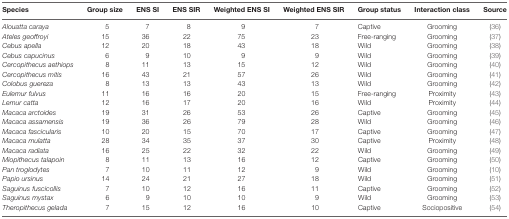
<table><thead><tr><td><b>Species</b></td><td><b>Group size</b></td><td><b>ENS SI</b></td><td><b>ENS SIR</b></td><td><b>Weighted ENS SI</b></td><td><b>Weighted ENS SIR</b></td><td><b>Group status</b></td><td><b>Interaction class</b></td><td><b>Source</b></td></tr></thead><tbody><tr><td><i>Alouatta caraya</i></td><td>5</td><td>7</td><td>8</td><td>9</td><td>7</td><td>Captive</td><td>Grooming</td><td>(36)</td></tr><tr><td><i>Ateles geoffroyi</i></td><td>15</td><td>36</td><td>22</td><td>75</td><td>23</td><td>Free-ranging</td><td>Grooming</td><td>(37)</td></tr><tr><td><i>Cebus apella</i></td><td>12</td><td>20</td><td>18</td><td>43</td><td>18</td><td>Wild</td><td>Grooming</td><td>(38)</td></tr><tr><td><i>Cebus capucinus</i></td><td>6</td><td>9</td><td>10</td><td>9</td><td>9</td><td>Wild</td><td>Grooming</td><td>(39)</td></tr><tr><td><i>Cercopithecus aethiops</i></td><td>8</td><td>11</td><td>13</td><td>15</td><td>12</td><td>Wild</td><td>Grooming</td><td>(40)</td></tr><tr><td><i>Cercopithecus mitis</i></td><td>16</td><td>43</td><td>21</td><td>57</td><td>26</td><td>Wild</td><td>Grooming</td><td>(41)</td></tr><tr><td><i>Colobus guereza</i></td><td>8</td><td>13</td><td>13</td><td>43</td><td>13</td><td>Wild</td><td>Grooming</td><td>(42)</td></tr><tr><td><i>Eulemur fulvus</i></td><td>11</td><td>16</td><td>16</td><td>20</td><td>15</td><td>Free-ranging</td><td>Proximity</td><td>(43)</td></tr><tr><td><i>Lemur catta</i></td><td>12</td><td>16</td><td>17</td><td>20</td><td>16</td><td>Wild</td><td>Proximity</td><td>(44)</td></tr><tr><td><i>Macaca arctoides</i></td><td>19</td><td>31</td><td>26</td><td>53</td><td>26</td><td>Captive</td><td>Grooming</td><td>(45)</td></tr><tr><td><i>Macaca assamensis</i></td><td>19</td><td>36</td><td>26</td><td>79</td><td>28</td><td>Wild</td><td>Grooming</td><td>(46)</td></tr><tr><td><i>Macaca fascicularis</i></td><td>10</td><td>20</td><td>15</td><td>70</td><td>17</td><td>Captive</td><td>Grooming</td><td>(47)</td></tr><tr><td><i>Macaca mulatta</i></td><td>28</td><td>34</td><td>35</td><td>37</td><td>30</td><td>Captive</td><td>Proximity</td><td>(48)</td></tr><tr><td><i>Macaca radiata</i></td><td>16</td><td>25</td><td>22</td><td>32</td><td>22</td><td>Wild</td><td>Grooming</td><td>(49)</td></tr><tr><td><i>Miopithecus talapoin</i></td><td>8</td><td>11</td><td>13</td><td>16</td><td>12</td><td>Captive</td><td>Grooming</td><td>(50)</td></tr><tr><td><i>Pan troglodytes</i></td><td>7</td><td>10</td><td>11</td><td>12</td><td>9</td><td>Wild</td><td>Grooming</td><td>(10)</td></tr><tr><td><i>Papio ursinus</i></td><td>14</td><td>24</td><td>21</td><td>27</td><td>18</td><td>Wild</td><td>Grooming</td><td>(51)</td></tr><tr><td><i>Saguinus fuscicollis</i></td><td>7</td><td>10</td><td>12</td><td>16</td><td>11</td><td>Captive</td><td>Grooming</td><td>(52)</td></tr><tr><td><i>Saguinus mystax</i></td><td>6</td><td>9</td><td>10</td><td>10</td><td>9</td><td>Wild</td><td>Grooming</td><td>(53)</td></tr><tr><td><i>Theropithecus gelada</i></td><td>7</td><td>15</td><td>12</td><td>16</td><td>10</td><td>Captive</td><td>Sociopositive</td><td>(54)</td></tr></tbody></table>